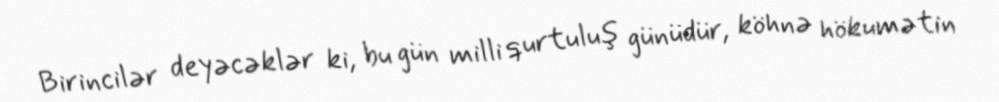
Birincilər deyəcəklər ki, bu gün milli qurtuluş günüdür, köhnə hökumətin